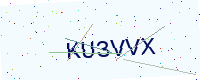
Text: KU3VVX